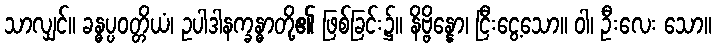
သာလျှင်။ ခန္ဓပ္ပဝတ္တိယံ၊ ဥပါဒါနက္ခန္ဓာတို့၏ ဖြစ်ခြင်း၌။ နိဗ္ဗိန္နော၊ ငြီးငွေ့သော။ ဝါ၊ ဦးလေး သော။